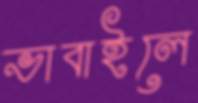
ভাবাইলে